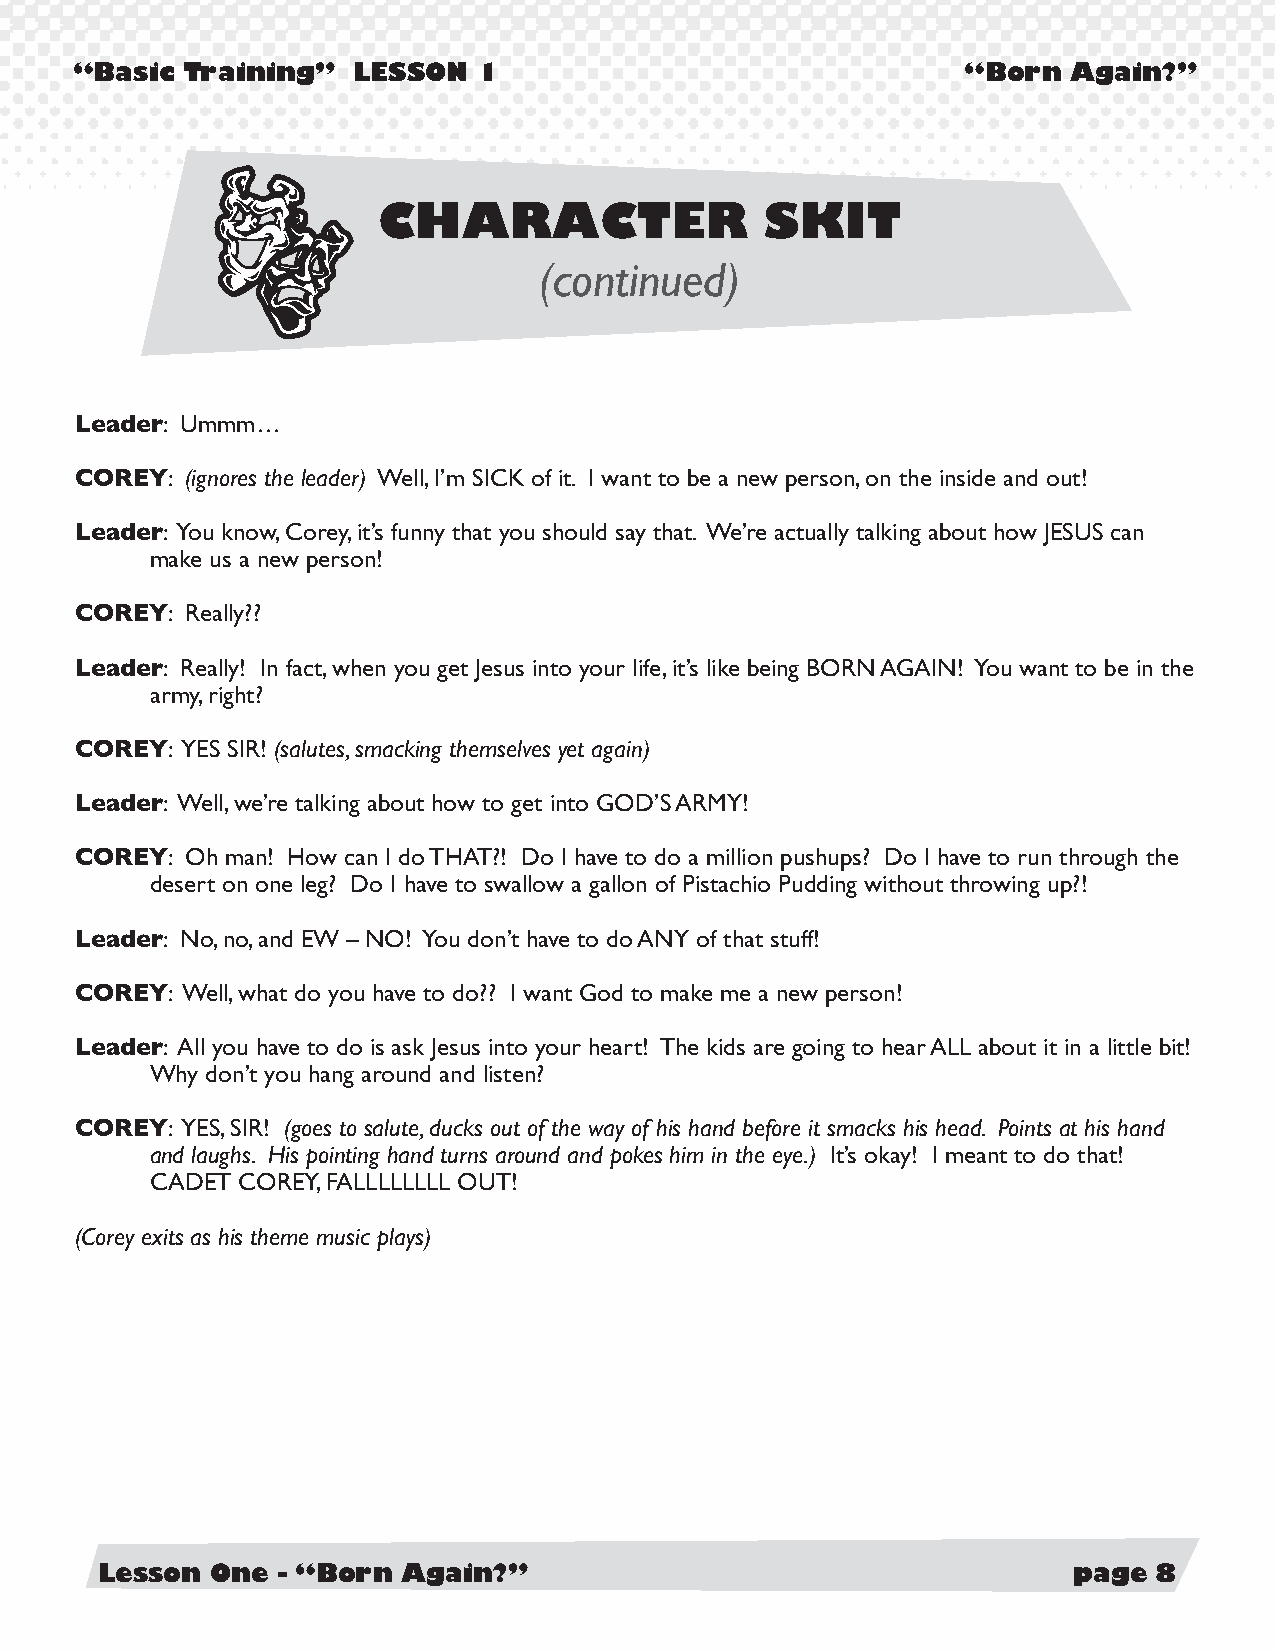
“Basic Training”  LESSON   1                               “Born  Again?”
 CHARACTER                 SKIT
 (continued)
 Leader: Ummm…
 COREY: (ignores the leader) Well, I’m SICK of it. I want to be a new person, on the inside and out!
 Leader: You know, Corey, it’s funny that you should say that. We’re actually talking about how JESUS can
 make us a new person!
 COREY: Really??
 Leader: Really! In fact, when you get Jesus into your life, it’s like being BORN AGAIN! You want to be in the
 army, right?
 COREY: YES SIR! (salutes, smacking themselves yet again)
 Leader: Well, we’re talking about how to get into GOD’S ARMY!
 COREY: Oh man! How can I do THAT?! Do I have to do a million pushups? Do I have to run through the
 desert on one leg? Do I have to swallow a gallon of Pistachio Pudding without throwing up?!
 Leader: No, no, and EW – NO! You don’t have to do ANY of that stuff!
 COREY: Well, what do you have to do?? I want God to make me a new person!
 Leader: All you have to do is ask Jesus into your heart! The kids are going to hear ALL about it in a little bit!
 Why don’t you hang around and listen?
 COREY: YES, SIR! (goes to salute, ducks out of the way of his hand before it smacks his head. Points at his hand
 and laughs. His pointing hand turns around and pokes him in the eye.) It’s okay! I meant to do that!
 CADET COREY, FALLLLLLLL OUT!
 (Corey exits as his theme music plays)
 Lesson  One - “Born  Again?”                                     page 8